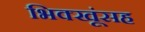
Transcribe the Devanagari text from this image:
भिक्खूंसह